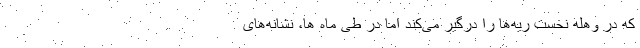
که در وهله نخست ریه‌ها را درگیر می‌کند اما در طی ماه ها، نشانه‌های